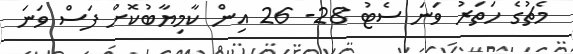
މެޗުގެ ހަތަރު ވަނަ ސެޓު 28- 26 އިން ކާމިޔާބުކޮށް ފަސް ވަނަ